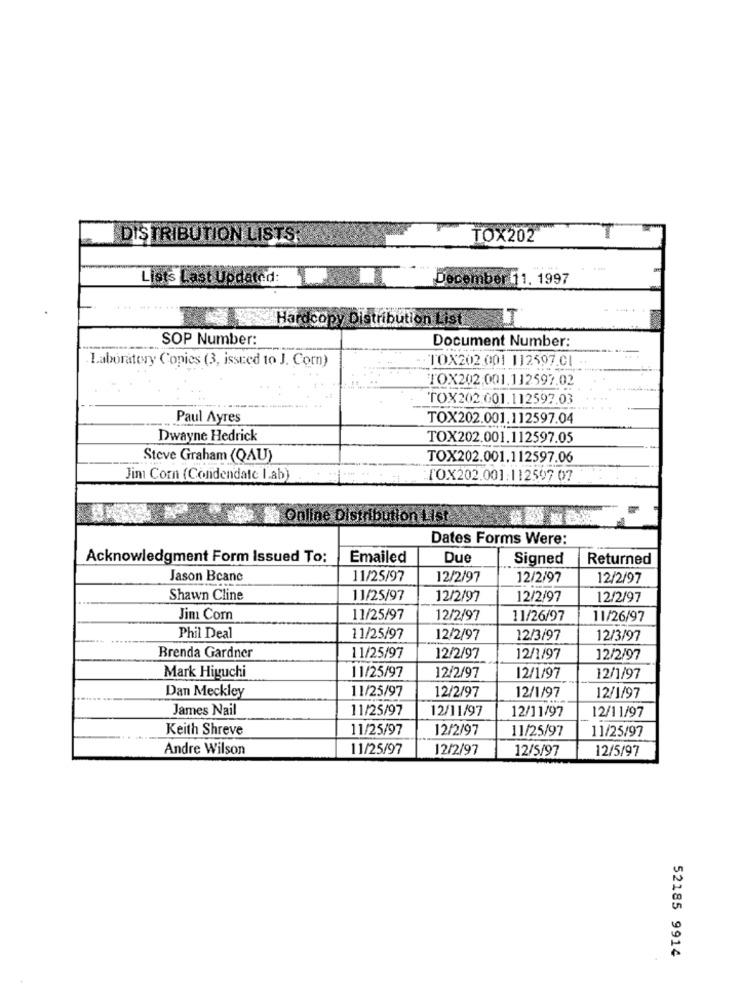
DISTRIBUTION LISTS:
TOX202
Lists Last Updated:
Dece
aber 11. 1997
Hardcopy Distribution List
LT
SOP Number:
Document Number:
Laboratory Copies (3, issued 10 J. Corn)
TOX202 001 112597.01
TOX202:001.112597.02
TOX202:001.112597.03
Paul Ayres
TOX202.001.112597.04
Dwayne Hedrick
TOX202.001.112597.05
Steve Graham (QAU)
TOX202.001.112597.06
Jim Corn (Condendate Lab)
TOX202.001.112597 07
Online Distribution List
Dates Forms Were:
Acknowledgment Form Issued To:
Emailed
Due
Signed
Returned
Jason Bcane
11/25/97
12/2/97
12/2/97
12/2/97
Shawn Cline
11/25/97
12/2/97
12/2/97
12/2/97
Jim Com
11/25/97
12/2/97
11/26/97
11/26/97
Phil Deal
11/25/97
12/2/97
12/3/97
12/3/97
Brenda Gardner
11/25/97
12/2/97
12/1/97
12/2/97
11/25/97
12/2/97
Mark Higuchi
12/1/97
12/1/97
Dan Meckley
11/25/97
12/2/97
12/1/97
12/1/97
James Nail
11/25/97
12/11/97
12/11/97
12/11/97
Keith Shreve
11/25/97
12/2/97
11/25/97
11/25/97
Andre Wilson
11/25/97
12/2/97
12/5/97
12/5/97
52185 9914